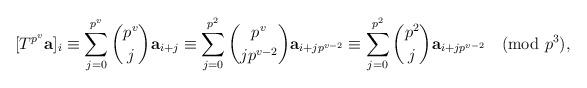
LaTeX: \begin{align*} [T^{p^v}\textbf{a}]_i&\equiv\sum_{j=0}^{p^v} \binom{p^v}{j} \textbf{a}_{i+j}\equiv\sum_{j=0}^{p^2} \binom{p^v}{jp^{v-2}} \textbf{a}_{i+jp^{v-2}} \equiv \sum_{j=0}^{p^2} \binom{p^2}{j} \textbf{a}_{i+jp^{v-2}}\pmod{p^3},\end{align*}